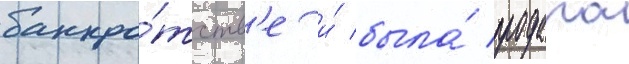
банкро́тств'е и́ была́ продана